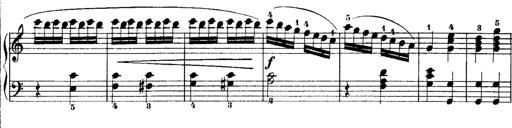
Title: Rondos and Sonatinas for Pianoforte
Composer: Daniel Steibelt